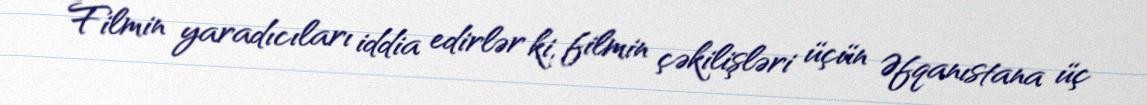
Filmin yaradıcıları iddia edirlər ki, filmin çəkilişləri üçün Əfqanıstana üç